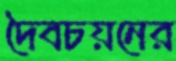
দৈবচয়নের